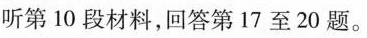
听第 10 段材料，回答第17 至 20 题。